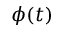
\phi ( t )